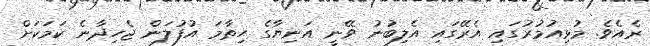
ރެއެވެ. މުޅިއުމުރުގައި އެރޭގައި އެލިބުނު ވޭނީ އަނިޔާގެ ހިތާމަ އުފުލަން ޖެހިދާނެ ކަމަކަށް